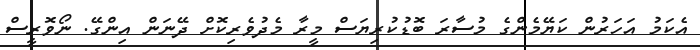
އެކަމު އަހަރުން ކަޔޭމެންގެ މުސާރަ ބޮޑުކުރިޔަސް މީރާ މެދުވެރިކޮށް ދޭނަން އިންގޭ. ނޯވޮރީސް